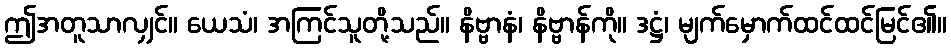
ဤအတူသာလျှင်။ ယေသံ၊ အကြင်သူတို့သည်။ နိဗ္ဗာနံ၊ နိဗ္ဗာန်ကို။ ဒဋ္ဌံ၊ မျက်မှောက်ထင်ထင်မြင်၏။